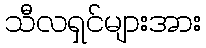
သီလရှင်များအား